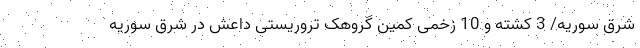
شرق سوریه/ 3 کشته و 10 زخمی کمین گروهک تروریستی داعش در شرق سوریه